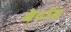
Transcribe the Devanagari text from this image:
बेदॉव